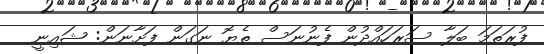
ފުރަތަމަ ބަލާ ސަރަހައްދުން ފެނުނަސް ތެޔޮ ނަގަން ފަށާނަން: ޝައިނީ